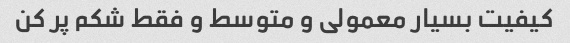
کیفیت بسیار معمولی و متوسط و فقط شکم پر کن